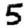
Digit: 5